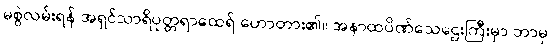
မစွဲလမ်းရန် အရှင်သာရိပုတ္တရာထေရ် ဟောတား၏။ အနာထပိဏ်သေဌေးကြီးမှာ ဘာမှ